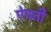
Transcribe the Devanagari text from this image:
ऐपती